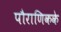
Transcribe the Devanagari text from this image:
पौराणिकके